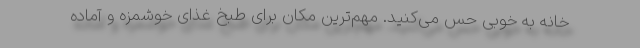
خانه به خوبی حس می‌کنید. مهم‌ترین مکان برای طبخ غذای خوشمزه و آماده